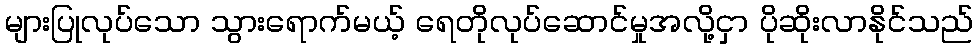
များပြုလုပ်သော သွားရောက်မယ့် ရေတိုလုပ်ဆောင်မှုအလို့ငှာ ပိုဆိုးလာနိုင်သည်